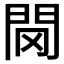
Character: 𨳠